Cholera in India, 1862 to 1881
Year: 1862
Disease focus: Cholera
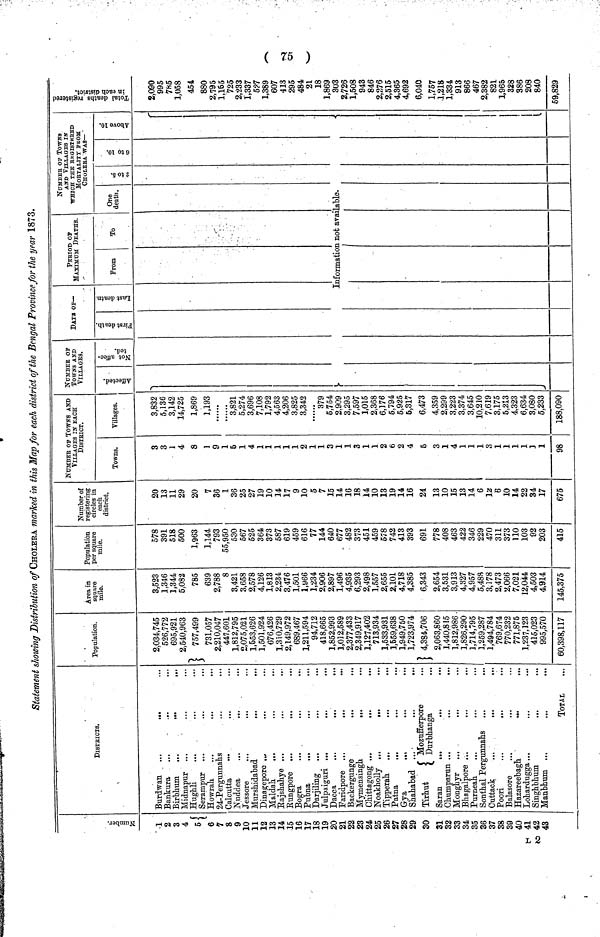
75
Statement showing Distribution of CHOLERA marked in this Map for each district of the Bengal Province for the year 1873.
Number
1
2
3
4
5
6
7
8
9
10
11
12
13
14
15
16
17
18
19
20
21
22
23
24
25
26
27
28
29
30
31
32
33
34
35
36
37
38
39
40
41
42
43
DlSTRICTS.
Burdwan
...
Bankura
...
...
...
Birbhum
...
Midnapur
Hughli
Howrah. ...
...
24-Pergunnahs
Calcutta
Nuddea
Jessore
...
...
Murshidabad
Dinagepore ,„
Maldah.
...
Rajshahye ...
Rungpore ...
Bogra
Pubna
..
...
Darjiling
..
...
Julpaiguri ..
Dacca
.,
„,
..
Faridpore
Backergunge
...
Mymensingb.
,,.
Chittagong ...
...
..
Noakholly ...
,.,
Tipperah
...
Patna
...
...
..
Gya
,.,
Shahabad ...
Tirhut ( Mozufferpore
Saran
...
Chumparun ...
Monghyr
...
...
Bhagalpore ...
Purneah.
Sonthal Pergunnahs
Cuttack
...
,..
„
Poori
...
...
Balasore
Hazareebagh,
Lohardugga...
Singhbhum
...
Manbhum ...
...
..
TOTAL
Population.
2,034,745
526,772
695,921
2,540,963
757,499
731,057
2,210,047
447,601
1,812,795
2,075,021
1,653,626
1,501,924
676,426
1,310,729
2,149,972
689,467
1,211,594
94,712
418,665
1,852,993
1,012,589
2,377,433
2,349,917
1,127,402
713,934
1,533,931
1,559,638
1,949,750
1,723,974
4,384,706
2,063,860
1,440,815
1,812,986
1,826,290
1,714,795
1,259,287
1,494,784
769,674
770,232
771,875
1,237,123
416,023
995,570
60,398,117
Area in
square
mile.
3,523
1,346
1,344
5,082
785
639
2,788
8
3,421
3,658
2,578
4,126
1,813
2,234
3,476
1,501
1,966
1,234
2,906
2,897
1,496
4,935
6,293
2,498
1,557
2,655
2,101
4,718
4,385
6,343
2,654
3,531
3,913
4,327
4,957
5,488
3,178
2,473
2,066
7,021
12,044
4,503
4,914
145,375
Population
per square
mile.
578
391
518
600
1,963
1,144
793
55,950
530
667
525
364
373
587
619
459
616
77
144
640
677
482
373
451
459
578
742
413
393
691
778
408
463
422
346
229
470
311
373
110
103
92
203
415
Number of
registering
circles in
each
district.
20
13
11
29
20
7
36
1
36
25
27
19
10
14
17
9
10
5
7
15
14
16
18
14
10
13
19
14
16
24
13
10
15
13
14
6
12
6
10
14
22
34
17
675
NUMBEr of Towns AnD
VILLAGES IN EACH
DlSTRICT.
Towns.
3
3
1
4
8
1
9
1
5
1
4
1
1
1
1
1
2
1
1
3
1
1
3
1
1
2
6
2
4
5
3
1
4
1
1
1
3
1
1
1
1
3
1
98
Villages.
3,832
5,136
3,142
14,725
1,869
1,193
......
3,821
5,274
3,696
7,108
1,792
4,563
4,206
3,825
3,342
......
379
6,754
2,909
3,295
7,597
1,015
2,368
6,176
5,794
5,925
5,317
6,473
4,359
2,299
3,223
3,374
3,645
10,210
7,619
3,175
5,213
4,323
6,634
3,080
5,233
188,090
NUMBER OF
Towns AND
VILLAGES.
Affected Non affected
DATA OF—
First Death
|
PERIOD OF
MAXIMUM DEATHS.
From
To
NUMBEr OF Towns
AnD VILLAGES in
WHICH THE REGISTERED
MORTALITY FROM
CHOLERA WAS—
One
death.
2 to 5
Information not Available.
6 to 10
Above 10
Total Death Registered in each
district
2,090
995
785
1,058
454
880
2,795
1,155
725
2,233
1,337
5?7
1,389
607
413
295
484
21
18
1,869
303
2,726
1,508
943
846
2,276
2,515
4,365
4,692
6,040
1,757
1,218
1,334
913
866
467
2,382
821
1,965
328
386
208
840
59,829